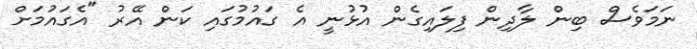
ނަމަވެސް ބިން ލާދިން ފިލައިގެން އުޅުނީ އެ ގައުމުގައި ކަން އޭރު "އެގައުމަށް